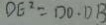
D E ^ { 2 } = D O \cdot D B